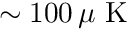
\sim 1 0 0 \, \mu \mathrm { ~ K ~ }